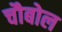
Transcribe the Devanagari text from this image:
चौबोल